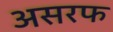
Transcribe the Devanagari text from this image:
असरफ